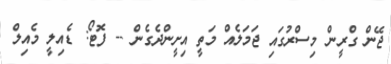
ޖޭން ގްރީން މިސްރުގައި ޖަމަލެއް މަތީ އިށީންދެގެން -- ފޮޓޯ: ޑެއިލީ މެއިލް